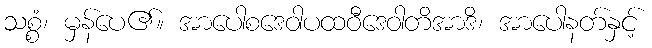
သစ္စံ၊ မှန်ပေ၏။ အာပေါစဒေဝါပထဝီဒေဝါတိအာဒိ၊ အာပေါနတ်နှင့်